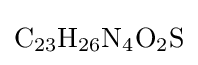
{\mathrm {C} {\vphantom {A}}_{\smash[{t}]{23}}\mathrm {H} {\vphantom {A}}_{\smash[{t}]{26}}\mathrm {N} {\vphantom {A}}_{\smash[{t}]{4}}\mathrm {O} {\vphantom {A}}_{\smash[{t}]{2}}\mathrm {S} }